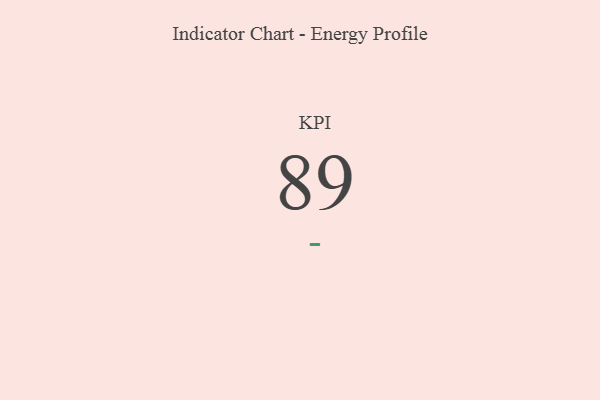
{"axis": {"x": "KPI", "y": "Value"}, "legend": [""], "data": [{"x": "KPI", "y": 89, "type": ""}]}